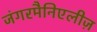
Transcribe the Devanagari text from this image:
जंगरमैनिएलीज़